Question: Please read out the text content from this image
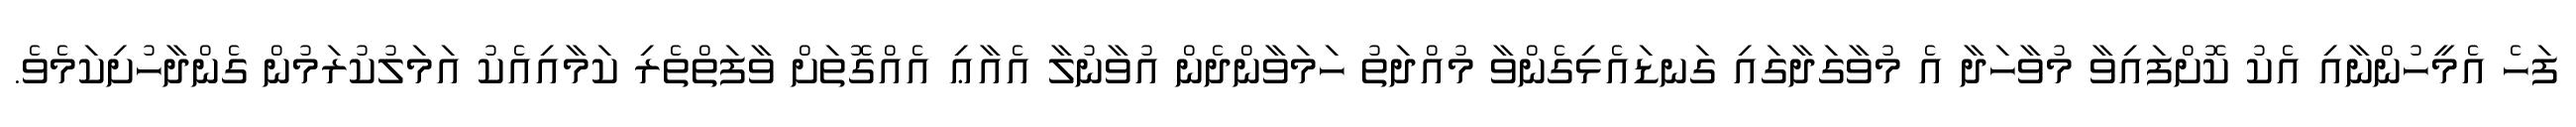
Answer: ފަހެ އެމީހުންނާއި އެކު ކޮށްފައިވާ މުވާހަދާ އެ މުވާގަދާގައި ގަނޑައެޅިގެންވާ މުއްދަތު ހަމަވާންދެން އުވާނުލާ އެއާޢި އެއްގޮތަށް ވާފަތްތެރި ކަމާއިއެކު އަމަލުކުރަމުން ގެންދާހުށިކަމެވެ.